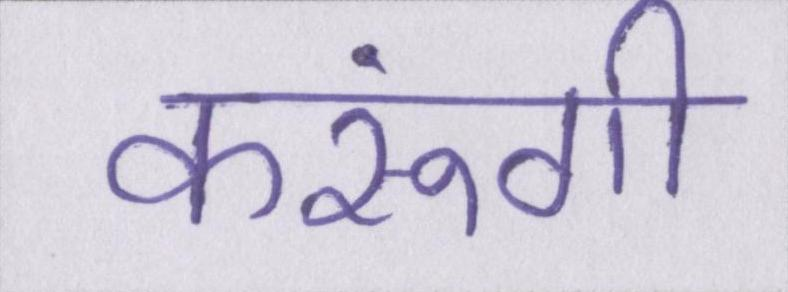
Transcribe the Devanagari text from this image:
करूंगी